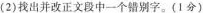
(2) 找出并改正文段中一个错别字。(1分)